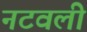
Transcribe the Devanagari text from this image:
नटवली